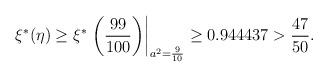
LaTeX: \begin{align*}\xi^* (\eta) \ge \xi^*\left.\left(\frac{99}{100}\right)\right|_{a^2 = \frac{9}{10}} \geq 0.944437 > \frac{47}{50}. \end{align*}